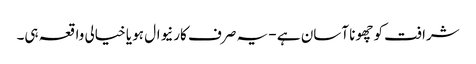
شرافت کو چھونا آسان ہے - یہ صرف کارنیوال ہو یا خیالی واقعہ ہی۔